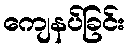
ကျေနပ်ခြင်း